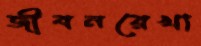
জীবনরেখা